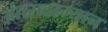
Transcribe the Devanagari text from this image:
अंतरादरम्यान